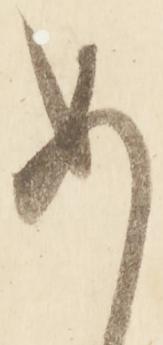
め